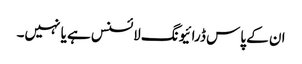
ان کے پاس ڈرائیونگ لائسنس ہے یا نہیں۔